Veterinary regulations India, 1935 -
Year: 1935
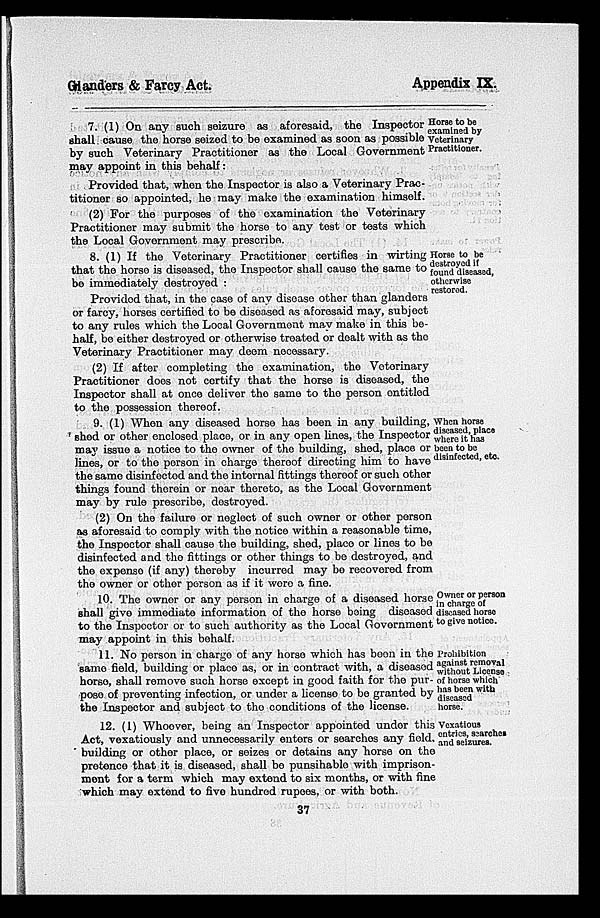
Glanders & Farcy Act.
Appendix IX.
Horse to be
examined by
Veterinary
Practitioner.
7. (1) On any such seizure as aforesaid, the Inspector
shall cause the horse seized to be examined as soon as possible
by such Veterinary Practitioner as the Local Government
may appoint in this behalf:
Provided that, when the Inspector is also a Veterinary Prac-
titioner so appointed, he may make the examination himself.
(2) For the purposes of the examination the Veterinary
Practitioner may submit the horse to any test or tests which
the Local Government may prescribe.
Horse to be
destroyed if
found diseased,
otherwise
restored.
8. (1) If the Veterinary Practitioner certifies in wirting
that the horse is diseased, the Inspector shall cause the same to
be immediately destroyed :
Provided that, in the case of any disease other than glanders
or farcy, horses certified to be diseased as aforesaid may, subject
to any rules which the Local Government may make in this be-
half, be either destroyed or otherwise treated or dealt with as the
Veterinary Practitioner may deem necessary.
(2) If after completing the examination, the Veterinary
Practitioner does not certify that the horse is diseased, the
Inspector shall at once deliver the same to the person entitled
to the possession thereof.
When horse
diseased, place
where it has
been to be
disinfected, etc.
9. (1) When any diseased horse has been in any building,
shed or other enclosed place, or in any open lines, the Inspector
may issue a notice to the owner of the building, shed, place or
lines, or to the person in charge thereof directing him to have
the same disinfected and the internal fittings thereof or such other
things found therein or near thereto, as the Local Government
may by rule prescribe, destroyed.
(2) On the failure or neglect of such owner or other person
as aforesaid to comply with the notice within a reasonable time,
the Inspector shall cause the building, shed, place or lines to be
disinfected and the fittings or other things to be destroyed, and
the expense (if any) thereby incurred may be recovered from
the owner or other person as if it were a fine.
Owner or person
in charge of
diseased horse
to give notice.
10. The owner or any person in charge of a diseased horse
shall give immediate information of the horse being diseased
to the Inspector or to such authority as the Local Government
may appoint in this behalf.
Prohibition
against removal
without License
of horse which
has been with
diseased
horse.
11. No person in charge of any horse which has been in the
same field, building or place as, or in contract with, a diseased
horse, shall remove such horse except in good faith for the pur-
pose of preventing infection, or under a license to be granted by
the Inspector and subject to the conditions of the license.
Vexatious
entries, searches
and seizures.
12. (1) Whoever, being an Inspector appointed under this
Act, vexatiously and unnecessarily enters or searches any field,
building or other place, or seizes or detains any horse on the
pretence that it is diseased, shall be punsihable with imprison-
ment for a term which may extend to six months, or with fine
which may extend to five hundred rupees, or with both.
37